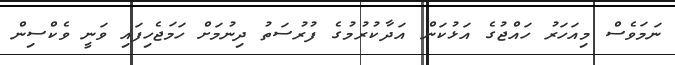
ނަމަވެސް މިއަހަރު ހައްޖުގެ އަޅުކަން އަދާކުރުމުގެ ފުރުސަތު ދިނުމަށް ހަމަޖެހިފައި ވަނީ ވެކްސިން